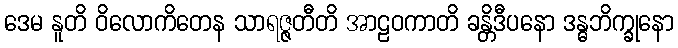
ဒေမ နူတိ ဝိလောကိတေန သာရဇ္ဇတီတိ အာဠဝကာတိ ခန္တိဒီပနော ဒန္ဓဘိက္ခုနော